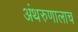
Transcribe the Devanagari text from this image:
अंथरुणालाच